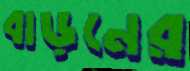
বাড়নের